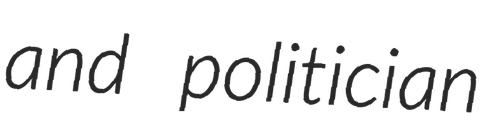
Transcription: and politician